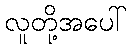
လူတို့အပေါ်